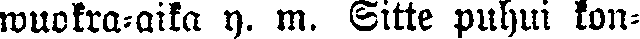
wuokra-aika y. m. Sitte puhui kon-